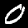
Digit: 0